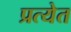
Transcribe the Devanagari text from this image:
प्रत्येत